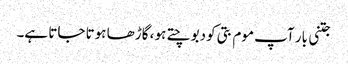
جتنی بار آپ موم بتی کو دبوچتے ہو ، گاڑھا ہوتا جاتا ہے۔